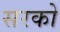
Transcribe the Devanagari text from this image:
सरको